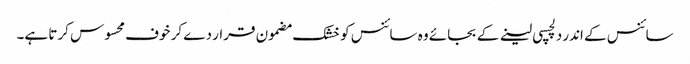
سائنس کے اندر دلچسپی لینے کے بجائے وہ سائنس کو خشک مضمون قرار دے کر خوف محسوس کرتا ہے۔